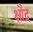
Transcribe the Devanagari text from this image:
क्षौद्र